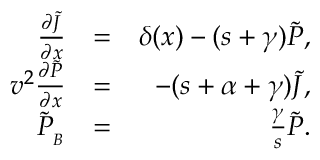
\begin{array} { r l r } { \frac { \partial { \widetilde { J } } } { \partial x } } & { = } & { \delta ( x ) - ( s + \gamma ) { \widetilde P } , } \\ { v ^ { 2 } \frac { \partial { \widetilde P } } { \partial x } } & { = } & { - ( s + \alpha + \gamma ) { \widetilde J } , } \\ { { \widetilde P } _ { _ B } } & { = } & { \frac { \gamma } { s } { \widetilde P } . } \end{array}